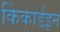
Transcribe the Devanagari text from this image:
किंकार्डइन